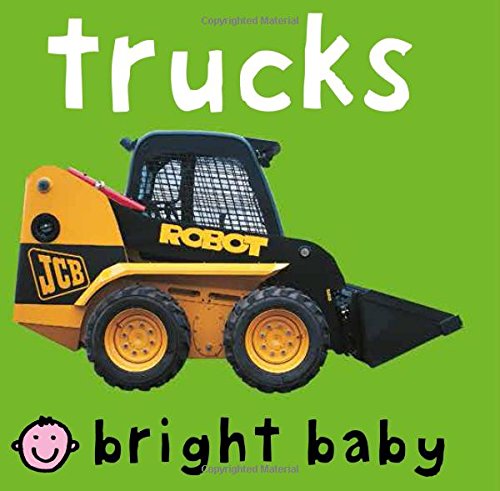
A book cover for Trucks (Bright Baby); Priddy Roger; Children's Books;